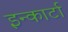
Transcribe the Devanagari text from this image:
इन्कार्टा